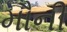
મૌની